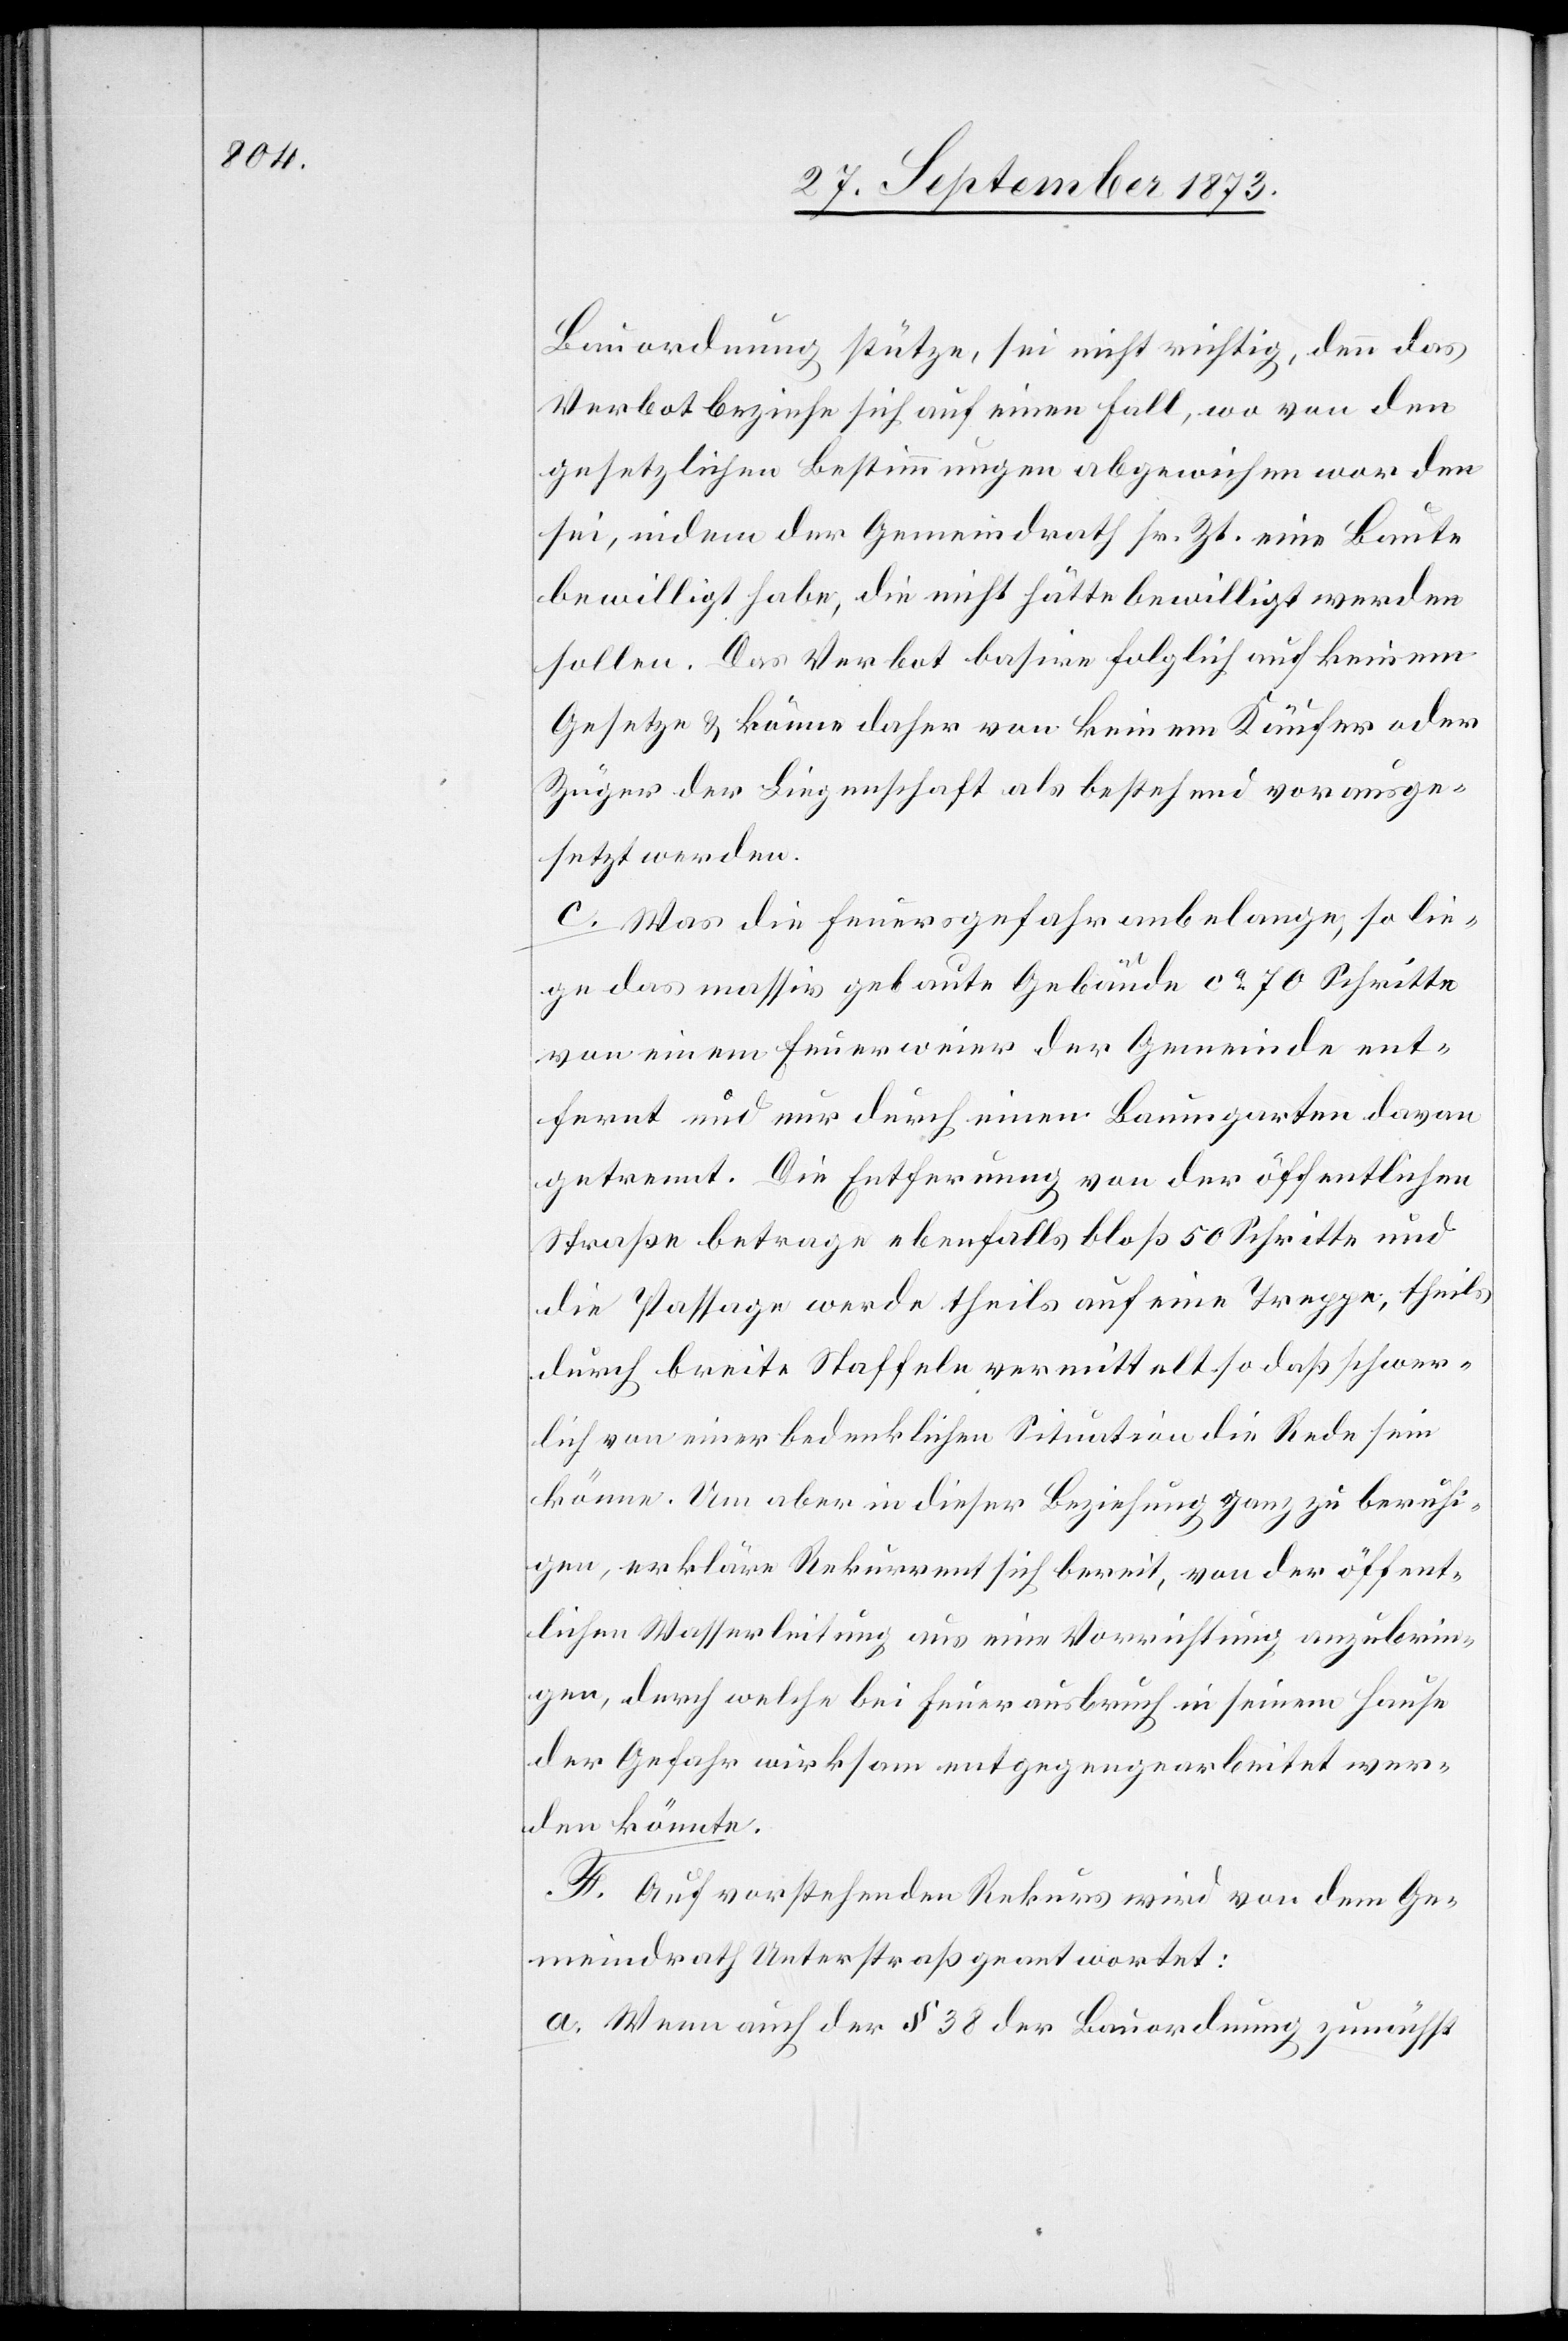
Bauordnung stütze, sei nicht richtig, denn das
Verbot beziehe sich auf einen Fall, wo von den
gesetzlichen Bestimmungen abgewichen worden
sei, indem der Gemeindrath sr. Zt. eine Baute
bewilligt habe, die nicht hätte bewilligt werden
sollen. Das Verbot basire folglich auf keinem
Gesetze & könne daher von keinem Käufer oder
Züger der Liegenschaft als bestehend vorausge¬
setzt werden.
c. Was die Feuersgefahr anbelange, so lie¬
ge das massiv gebaute Gebäude ca 70 Schritte
von einem Feuerweier der Gemeinde ent¬
fernt und nur durch einen Baumgarten davon
getrennt. Die Entfernung von der öffentlichen
Straße betrage ebenfalls bloß 50 Schritte und
die Passage werde theils auf eine Treppe, theils
durch breite Staffeln vermittelt so daß schwer¬
lich von einer bedenklichen Situation die Rede sein
könne. Um aber in dieser Beziehung ganz zu beruhi¬
gen, erkläre Rekurrent sich bereit, von der öffent¬
lichen Wasserleitung aus eine Vorrichtung anzubrin¬
gen, durch welche bei Feuerausbruch in seinem Hause
der Gefahr wirksam entgegengearbeitet wer¬
den könnte.
F. Auf vorstehenden Rekurs wird von dem Ge¬
meindrath Unterstraß geantwortet:
a. Wenn auch der § 38 der Bauordnung zunächst